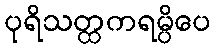
ပုရိသတ္ထကရမ္ပိပေ